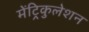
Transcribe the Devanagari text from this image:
मेंट्रिकुलेशन